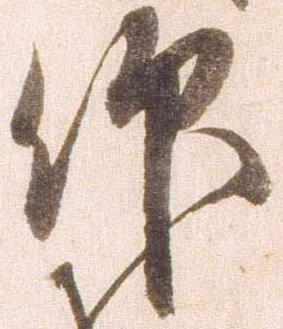
仰